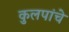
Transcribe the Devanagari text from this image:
कुलपांचे